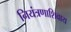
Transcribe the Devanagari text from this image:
नियंत्रणाशिवाय